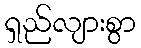
ရှည်လျားစွာ